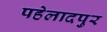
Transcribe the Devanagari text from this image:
पहेलादपुर